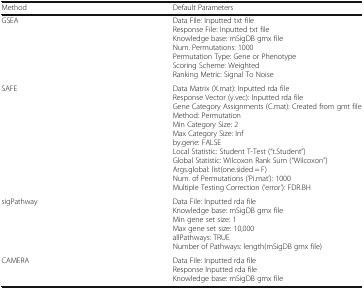
| Method | Default Parameters |
 | --- | --- |
 | GSEA | Data File: Inputted txt fileResponse File: Inputted txt fileKnowledge base: mSigDB gmx fileNum. Permutations: 1000Permutation Type: Gene or PhenotypeScoring Scheme: WeightedRanking Metric: Signal To Noise |
 | SAFE | Data Matrix (X.mat): Inputted rda fileResponse Vector (y.vec): Inputted rda fileGene Category Assignments (C.mat): Created from gmt fileMethod: PermutationMin Category Size: 2Max Category Size: Infby.gene: FALSELocal Statistic: Student T-Test (“t.Student”)Global Statistic: Wilcoxon Rank Sum (“Wilcoxon”)Args.global: list(one.sided = F)Num. of Permutations (‘Pi.mat’): 1000Multiple Testing Correction (‘error’): FDR.BH |
 | sigPathway | Data File: Inputted rda fileKnowledge base: mSigDB gmx fileMin gene set size: 1Max gene set size: 10,000allPathways: TRUENumber of Pathways: length(mSigDB gmx file) |
 | CAMERA | Data File: Inputted rda fileResponse Inputted rda fileKnowledge base: mSigDB gmx file |